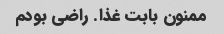
ممنون بابت غذا. راضی بودم